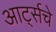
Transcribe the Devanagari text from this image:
आर्ट्सचे